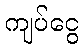
ကျပ်ငွေ